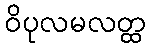
ဝိပုလမလတ္ထ